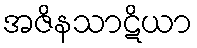
အဇိနသာဋိယာ